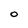
Character: O